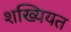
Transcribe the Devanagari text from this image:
शख्यियत